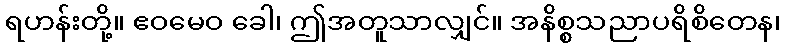
ရဟန်းတို့။ ဧဝမေဝ ခေါ၊ ဤအတူသာလျှင်။ အနိစ္စသညာပရိစိတေန၊